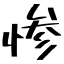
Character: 惨